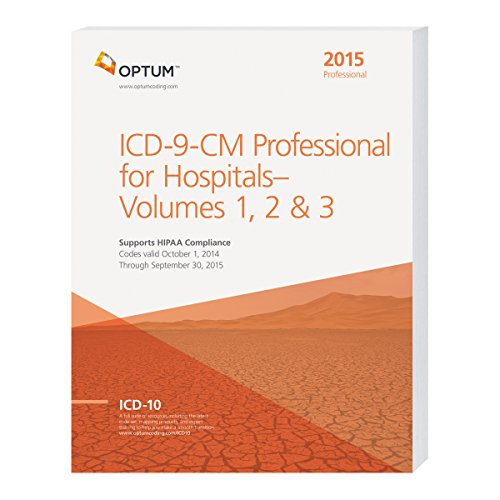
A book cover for ICD-9-CM Professional for Hospitals, Vol 1, 2 & 3 - 2015 (softbound); Optum360; Medical Books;